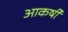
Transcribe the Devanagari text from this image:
आकर्षी